Resolution on Dr Rogers' report on Kala azar.
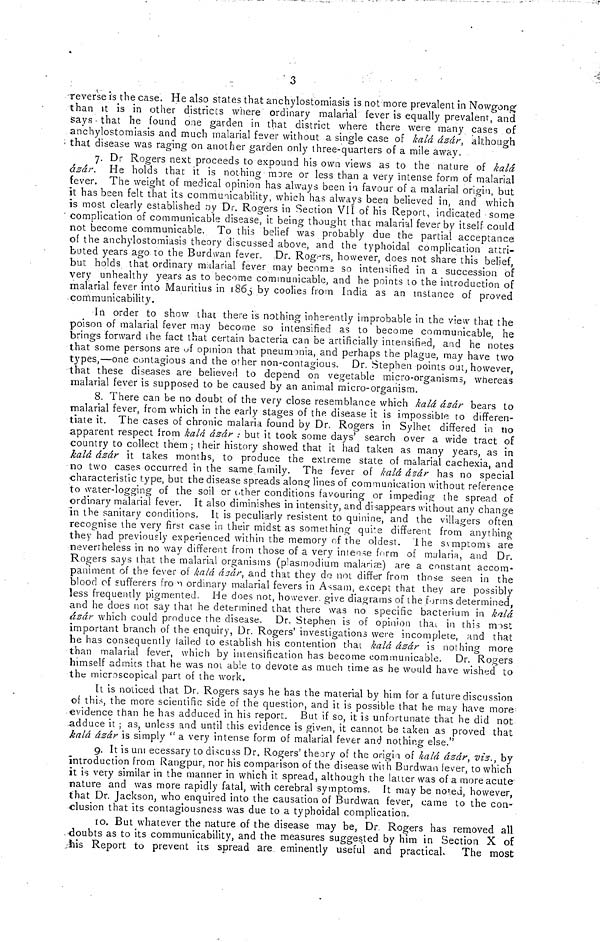
3
reverse is the case. He also states that anchylostomiasis is not more prevalent in Nowgong
than it is in other districes where ordinary malarial fever is equally prevalent, and
Says - that he found one garden in that district where there were many cases of
anchylostomiasis and much malarial fever without a single case of kalá ásár, although
that disease was raging on another garden only three-quarters of a mile away.
7. Dr Rogers next proceeds to expound his own views as to the nature of kalâ
ázár. He holds that it is nothing more or less than a very intense form of malarial
fever. The weight of medical opinion has always been in favour of a malarial origin, but
it has been felt that its commuaicability, which has always been believed in, and which
is most clearly established by Dr. Rogers in Section VII of his Report, indicated some
complication of communicable disease, it being thought that malarial fever by itself could
not become communicable. To this belief was probably due the partial acceptance
of the anchylostomiasis theory discussed above, and the typhoidal complication attri-
buted years ago to the Burdwan fever. Dr. Rogers, however, does not share this belief,
but holds that ordinary malarial fever may becoma so intensified in a succession of
very unhealthy years as to become communicable, and he points to the introduction of
malarial fever into Mauritius in 1865 by coolies from India as an instance of proved
communicability.
In order to show that there is nothing inherently improbable in the view that the
poison of malarial fever may become so intensified as to become communicable, he
brings forward the fact that certain bacteria can be artificially intensified, and he notes
that some persons are of opinion that pneumonia, and perhaps the plague, may have two
types,—one contagious and the other non-contagious. Dr. Stephen points out, however,
that these diseases are believed to depend on vegetable micro-organisms, whereas
malarial fever is supposed to be caused by an animal micro-organism.
8. There can be no doubt of the very close resemblance which kalá ázár bears to
malarial fever, from which in the early stages of the disease it is impossible to differen-
tiate it. The cases of chronic malaria found by Dr. Rogers in Sylhet differed in no
apparent respect from kalá ázár : but it took some days' search over a wide tract of
country to collect them; their history showed that it had taken as many years, as in
kalá ázár it takes months, to produce the extreme state of malarial cachexia, and
no two cases occurred in the same family. The fever of kalá ázár has no special
•characteristic type, but the disease spreads along lines of communication without reference
to water-logging of the soil or other conditions favouring or impeding the spread of
ordinary malarial fever. It also diminishes in intensity, and disappears without any change
in the sanitary conditions. It is peculiarly résistent to quinine, and the villagers often
recognise the very first case in their midst as something quite different from anything
they had previously experienced within the memory of the oldest. The stmptoms are
nevertheless in no way different from those of a very interne form of malaria, and Dr.
Rogers says that the malarial organisms (plasmodium malarise) are a constant accom-
paniment of the fever of kalâ άzár, and that they do not differ from those seen in the
blood of sufferers from ordinary malarial fevers in Assam, except that they are possibly
less frequently pigmented. He does not, however give diagrams of the forms determined,
and he does not say that he determined that there was no specific bacterium in kalâ
ázár which could produce the disease. Dr. Stephen is of opinion thai in this most
important branch of the enquiry, Dr. Rogers' investigations were incomplete, and that
he has consequently lailed to establish his contention that kalá ázár is nothing more
than malarial fever, which by intensification has become communicable. Dr. Rogers
himself admits that he was not able to devote as much time as he would have wished to
the microscopical part of the work.
It is noticed that Dr. Rogers says he has the material by him for a future discussion
of this, the more scientific side of the question, and it is possible that he may have more
evidence than he has adduced in his report. But if so, it is unfortunate that he did not
adduce it ; as, unless and until this evidence is given, it cannot be taken as proved that
kalá ázár is simply " a very intense form of malarial fever and nothing else."
9. It is unecessary to discuss Dr. Rogers' theory of the origin of kalá ázár viz., by
introduction from Rangpur, nor his comparison of the disease with Burdwan fever, to which
it is very similar in the manner in which it spread, although the latter was of a more acute
nature and was more rapidly fatal, with cerebral symptoms. It may be noted, however,
that Dr. Jackson, who enquired into the causation of Burdwan fever, came to the con-
clusion that its contagiousness was due to a typhoidal complication.
10. But whatever the nature of the disease may be, Dr Rogers has removed all
doubts as to its communicability, and the measures suggested by him in Section X of
his Report to prevent its spread are eminently useful and practical. The most